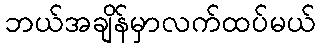
ဘယ်အချိန်မှာလက်ထပ်မယ်